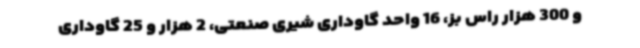
و 300 هزار راس بز، 16 واحد گاوداری شیری صنعتی، 2 هزار و 25 گاوداری